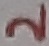
Text: 2